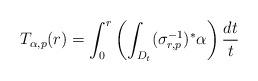
LaTeX: \begin{align*}T_{\alpha,p}(r) = \int_0^r \left( \int_{D_t}(\sigma_{r,p}^{-1})^*\alpha\right)\frac{dt}{t}\end{align*}